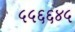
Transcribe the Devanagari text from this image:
५५६६४५